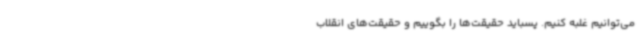
می‌توانیم غلبه کنیم. پسباید حقیقت‌ها را بگوییم و حقیقت‌های انقلاب